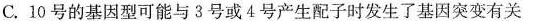
C.10号的基因型可能与3号或4号产生配子时发生了基因突变有关